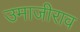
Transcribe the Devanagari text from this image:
उमाजीराव